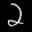
Label: 2